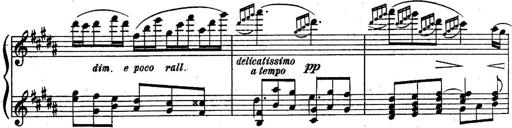
Title: Sonatine
Composer: Adrian Shaposhnikov
Key: E minor